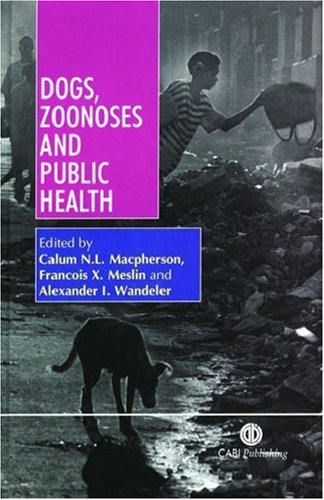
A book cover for Dogs, Zoonoses and Public Health; Calum N. L. Macpherson; Medical Books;